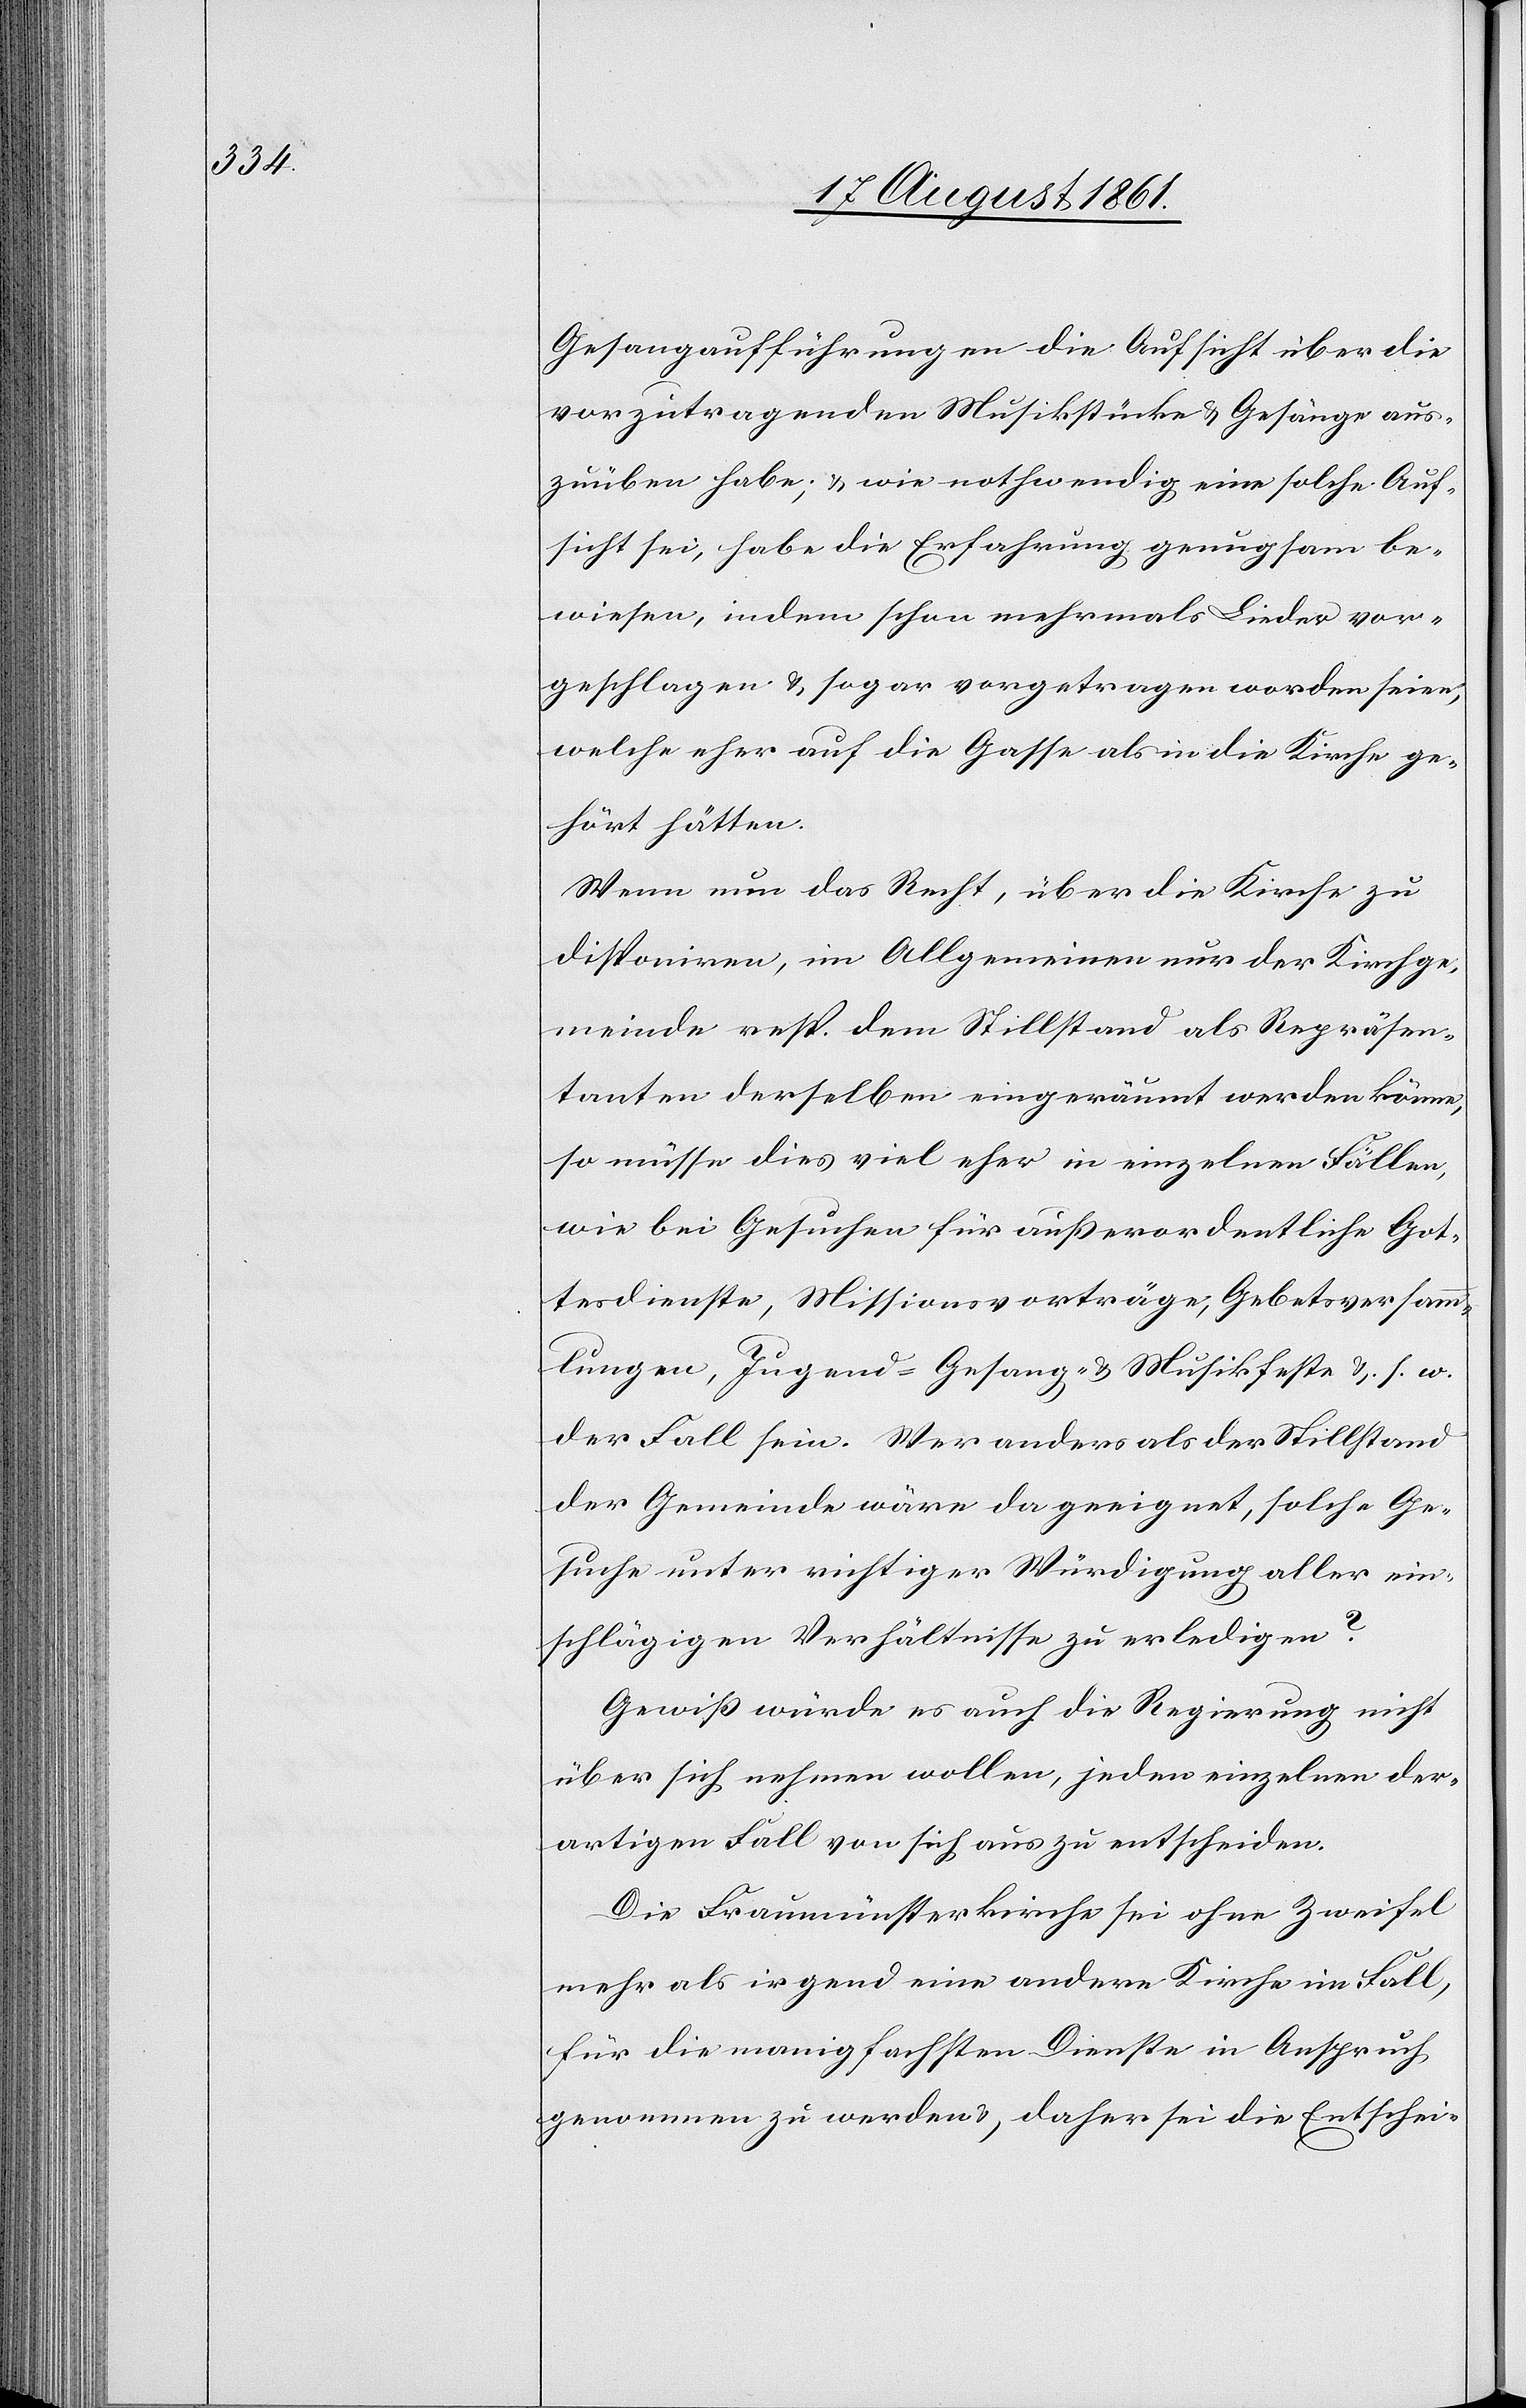
Gesangsaufführungen die Aufsicht über die
vorzutragenden Musikstücke u. Gesänge aus¬
zuüben habe; u. wie nothwendig eine solche Auf¬
sicht sei, habe die Erfahrung genugsam be¬
wiesen, indem schon mehrmals Lieder vor¬
geschlagen u. sogar vorgetragen worden seien,
welche eher auf die Gasse als in die Kirche ge¬
hört hätten.
Wenn nun das Recht, über die Kirche zu
disponiren, im Allgemeinen nur der Kirchge¬
meinde resp. dem Stillstand als Repräsen¬
tanten derselben eingeräumt werden könne,
so müsse dies viel eher in einzelnen Fällen,
wie bei Gesuchen für außerordentliche Got¬
tesdienste, Missionsverträge, Gebetsversamm¬
lungen, Jugend- Gesang- u. Musikfeste u. s. w.
der Fall sein. Wer anders als der Stillstand
der Gemeinde wäre da geeignet, solche Ge¬
suche unter richtiger Würdigung aller ein¬
schlägigen Verhältnisse zu erledigen?
Gewiß würde es auch die Regierung nicht
über sich nehmen wollen, jeden einzelnen der¬
artigen Fall von sich aus zu entscheiden.
Die Fraumünsterkirche sei ohne Zweifel
mehr als irgend eine andere Kirche im Fall,
für die mannigfachsten Dienste in Anspruch
genommen zu werden u. daher sei die Entschei-